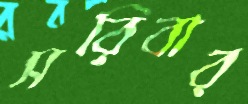
সরিবার